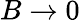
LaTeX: B\to 0